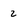
Character: 2